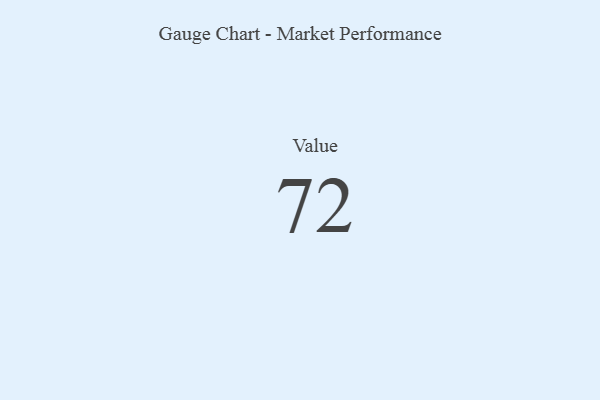
{"axis": {"x": "Metric", "y": "Value"}, "legend": [""], "data": [{"x": "Value", "y": 72, "type": ""}]}